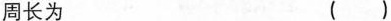
周长为 ()